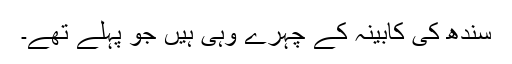
سندھ کی کابینہ کے چہرے وہی ہیں جو پہلے تھے۔